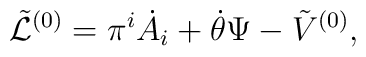
{\tilde{\cal L}}^{(0)} = \pi^{i}\dot{A_{i}} + \dot\theta\Psi - {\tilde V}^{(0)},